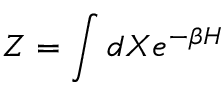
Z = \int d X e ^ { - \beta \cal H }